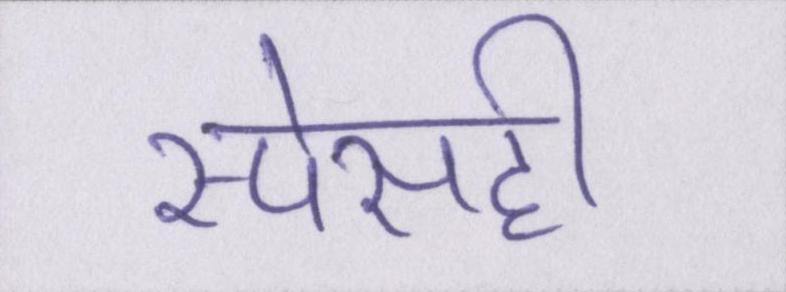
स्पेसही